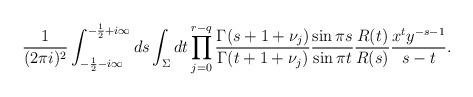
LaTeX: \begin{align*}\frac{1}{(2\pi i)^2} \int_{-\frac{1}{2}-i\infty}^{-\frac{1}{2} + i \infty} ds \int_{\Sigma} dt\prod_{j=0}^{r-q} \frac{\Gamma(s+1+\nu_j)}{\Gamma(t+1+\nu_j)} \frac{\sin \pi s}{\sin \pi t} \frac{R(t)}{R(s)}\frac{x^t y^{-s-1}}{s-t}.\end{align*}